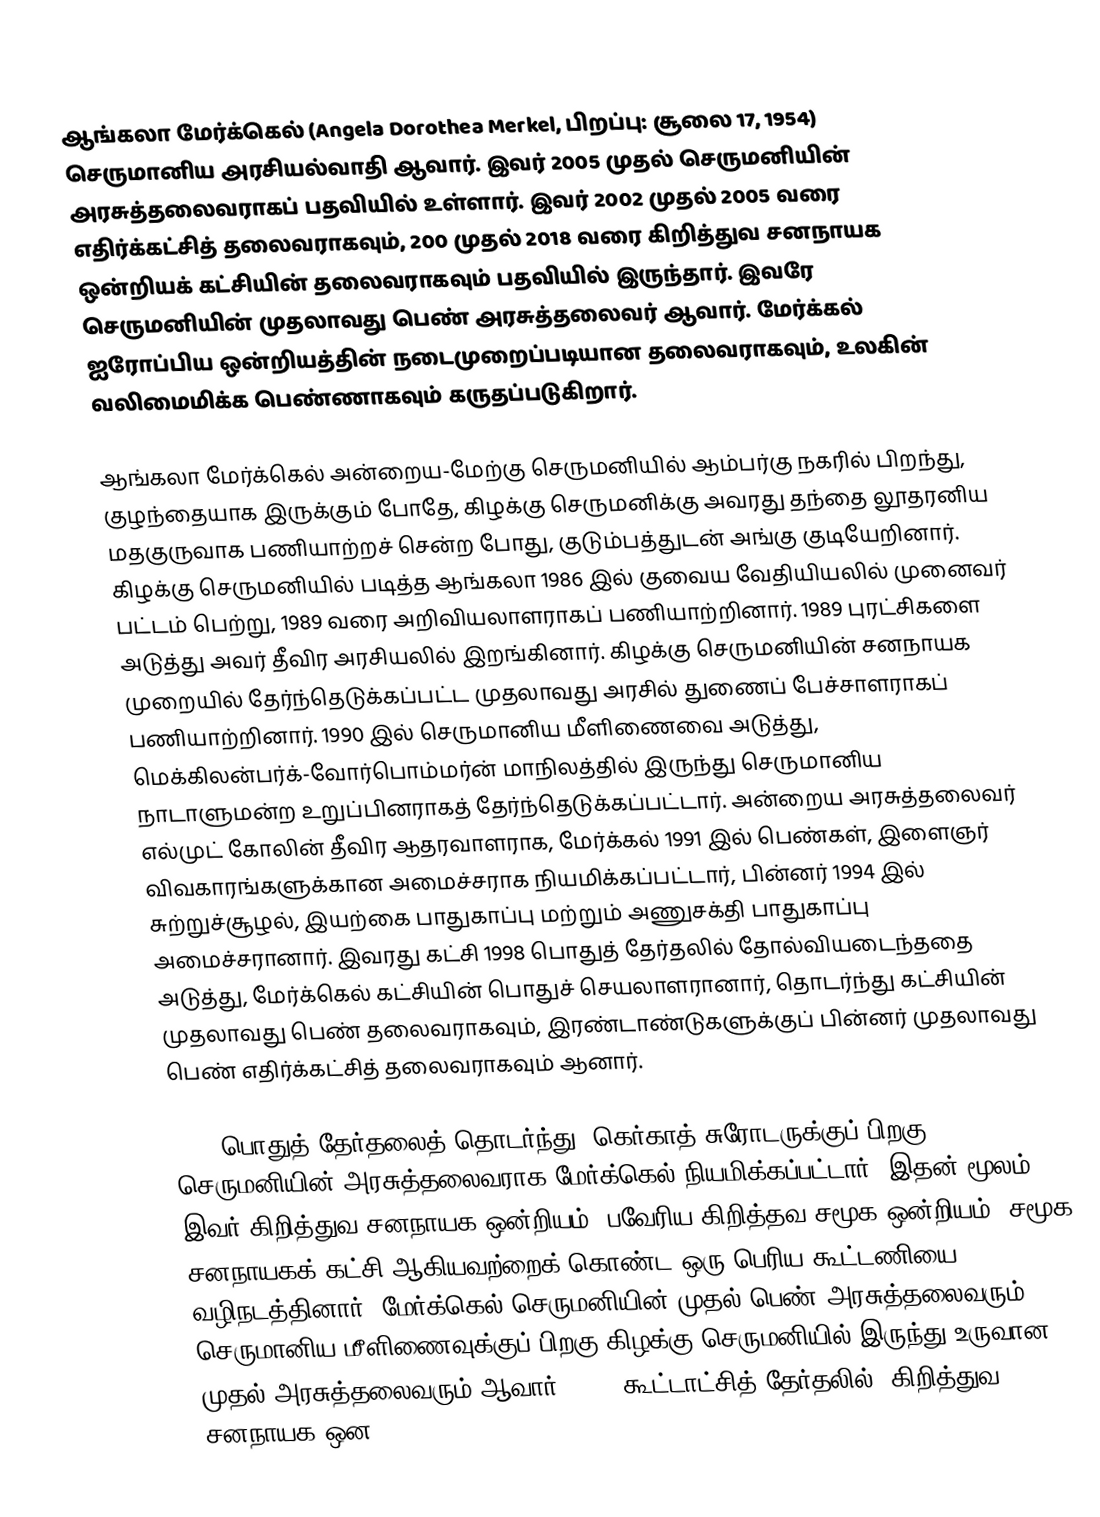
ஆங்கலா மேர்க்கெல் (Angela Dorothea Merkel, பிறப்பு: சூலை 17, 1954) செருமானிய அரசியல்வாதி ஆவார். இவர் 2005 முதல் செருமனியின் அரசுத்தலைவராகப் பதவியில் உள்ளார். இவர் 2002 முதல் 2005 வரை எதிர்க்கட்சித் தலைவராகவும், 200 முதல் 2018 வரை கிறித்துவ சனநாயக ஒன்றியக் கட்சியின் தலைவராகவும் பதவியில் இருந்தார். இவரே செருமனியின் முதலாவது பெண் அரசுத்தலைவர் ஆவார். மேர்க்கல் ஐரோப்பிய ஒன்றியத்தின் நடைமுறைப்படியான தலைவராகவும், உலகின் வலிமைமிக்க பெண்ணாகவும் கருதப்படுகிறார்.

ஆங்கலா மேர்க்கெல் அன்றைய-மேற்கு செருமனியில் ஆம்பர்கு நகரில் பிறந்து, குழந்தையாக இருக்கும் போதே, கிழக்கு செருமனிக்கு அவரது தந்தை லூதரனிய மதகுருவாக பணியாற்றச் சென்ற போது, குடும்பத்துடன் அங்கு குடியேறினார். கிழக்கு செருமனியில் படித்த ஆங்கலா 1986 இல் குவைய வேதியியலில் முனைவர் பட்டம் பெற்று, 1989 வரை அறிவியலாளராகப் பணியாற்றினார். 1989 புரட்சிகளை அடுத்து அவர் தீவிர அரசியலில் இறங்கினார். கிழக்கு செருமனியின் சனநாயக முறையில் தேர்ந்தெடுக்கப்பட்ட முதலாவது அரசில் துணைப் பேச்சாளராகப் பணியாற்றினார். 1990 இல் செருமானிய மீளிணைவை அடுத்து, மெக்கிலன்பர்க்-வோர்பொம்மர்ன் மாநிலத்தில் இருந்து செருமானிய நாடாளுமன்ற உறுப்பினராகத் தேர்ந்தெடுக்கப்பட்டார். அன்றைய அரசுத்தலைவர் எல்முட் கோலின் தீவிர ஆதரவாளராக, மேர்க்கல் 1991 இல் பெண்கள், இளைஞர் விவகாரங்களுக்கான அமைச்சராக நியமிக்கப்பட்டார், பின்னர் 1994 இல் சுற்றுச்சூழல், இயற்கை பாதுகாப்பு மற்றும் அணுசக்தி பாதுகாப்பு அமைச்சரானார். இவரது கட்சி 1998 பொதுத் தேர்தலில் தோல்வியடைந்ததை அடுத்து, மேர்க்கெல் கட்சியின் பொதுச் செயலாளரானார், தொடர்ந்து கட்சியின் முதலாவது பெண் தலைவராகவும், இரண்டாண்டுகளுக்குப் பின்னர் முதலாவது பெண் எதிர்க்கட்சித் தலைவராகவும் ஆனார்.

2005 பொதுத் தேர்தலைத் தொடர்ந்து, கெர்காத் சுரோடருக்குப் பிறகு செருமனியின் அரசுத்தலைவராக மேர்க்கெல் நியமிக்கப்பட்டார், இதன் மூலம் இவர் கிறித்துவ சனநாயக ஒன்றியம், பவேரிய கிறித்தவ சமூக ஒன்றியம், சமூக சனநாயகக் கட்சி ஆகியவற்றைக் கொண்ட ஒரு பெரிய கூட்டணியை வழிநடத்தினார். மேர்க்கெல் செருமனியின் முதல் பெண் அரசுத்தலைவரும், செருமானிய மீளிணைவுக்குப் பிறகு கிழக்கு செருமனியில் இருந்து உருவான முதல் அரசுத்தலைவரும் ஆவார். 2009 கூட்டாட்சித் தேர்தலில், கிறித்துவ சனநாயக ஒன